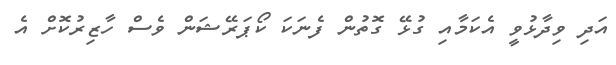
އަދި ވިދާޅުވީ އެކަމާއި ގުޅޭ ގޮތުން ފެނަކަ ކޯޕަރޭޝަން ވެސް ހާޒިރުކޮށް އެ